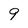
Character: 9